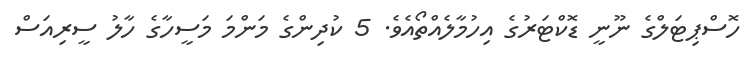
ހޮސްޕިޓަލްގެ ނޫނީ ޑޮކްޓަރުގެ އިހުމާލެއްތޯއެވެ. 5 ކުދިންގެ މަންމަ މަސީހާގެ ހާލު ސީރިއަސް